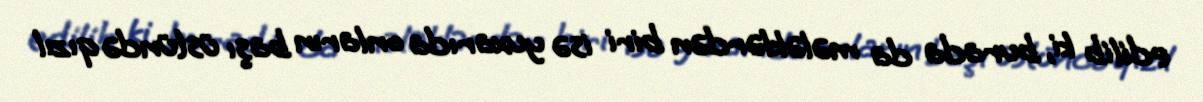
edilib ki, burada da mələklərdən biri isə yuxarıda onların başı üstündə qızıl